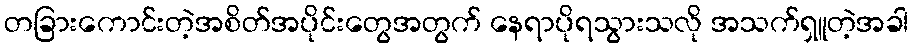
တခြားကောင်းတဲ့အစိတ်အပိုင်းတွေအတွက် နေရာပိုရသွားသလို အသက်ရှူတဲ့အခါ